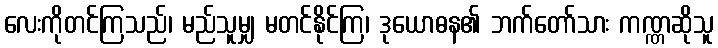
လေးကိုတင်ကြသည်၊ မည်သူမျှ မတင်နိုင်ကြ၊ ဒုယောဓန၏ ဘက်တော်သား ကဏ္ဏဆိုသူ